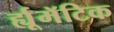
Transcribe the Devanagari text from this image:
र्ह्यूमॅटिक